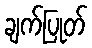
ချက်ပြုတ်